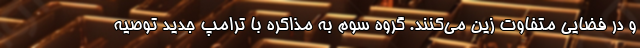
و در فضایی متفاوت زین می‌کنند. گروه سوم به مذاکره با ترامپ جدید توصیه